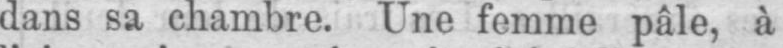
dans sa chambre. Une femme pâle, à